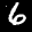
Label: 6